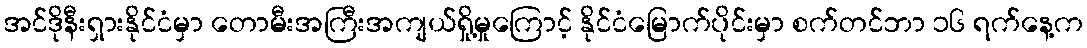
အင်ဒိုနီးရှားနိုင်ငံမှာ တောမီးအကြီးအကျယ်ရှို့မှုကြောင့် နိုင်ငံမြောက်ပိုင်းမှာ စက်တင်ဘာ ၁၆ ရက်နေ့က